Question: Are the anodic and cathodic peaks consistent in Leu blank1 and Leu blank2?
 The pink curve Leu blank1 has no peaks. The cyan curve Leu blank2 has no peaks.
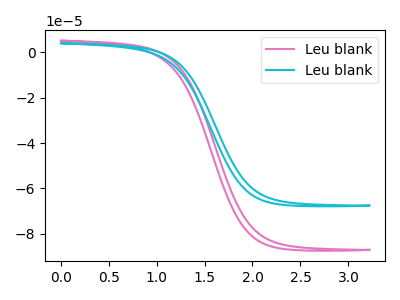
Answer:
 <answer>Niether CV has any peaks.</answer>
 <eval>blanks</eval>